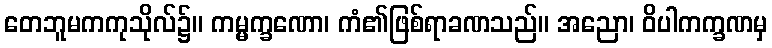
တေဘူမကကုသိုလ်၌။ ကမ္မက္ခဏော၊ ကံ၏ဖြစ်ရာခဏသည်။ အညော၊ ဝိပါကက္ခဏမှ